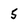
Character: 5